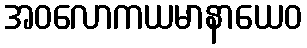
အဝလောကယမာနာယေဝ